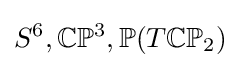
S^{6},\mathbb {C} \mathbb {P} ^{3},\mathbb {P} (T\mathbb {CP} _{2})